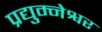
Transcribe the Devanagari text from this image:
प्रद्युम्नेश्वर